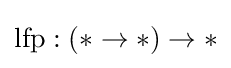
{\text{lfp}}:(*\rightarrow *)\rightarrow *